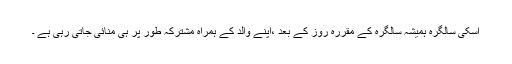
اسکی سالگرہ ہمیشہ سالگرہ کے مقررہ روز کے بعد ،اپنے والد کے ہمراہ مشترکہ طور پر ہی منائی جاتی رہی ہے ۔